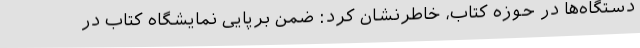
دستگاه‌ها در حوزه کتاب، خاطرنشان کرد: ضمن برپایی نمایشگاه کتاب در